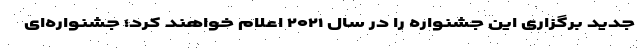
جدید برگزاری این جشنواره را در سال ۲۰۲۱ اعلام خواهند کرد؛ جشنواره‌ای